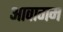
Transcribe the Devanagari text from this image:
आवागम